Annual report of the Punjab Veterinary College and of the Civil Veterinary Department, Punjab - 1920-1925
Year: 1920
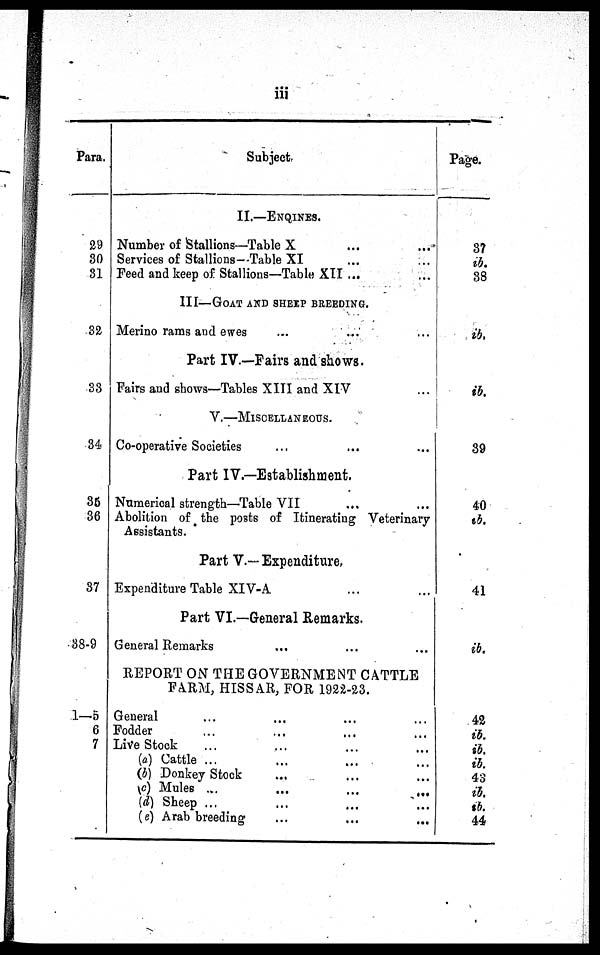
iii
Para.
29
30
31
32
33
34
35
36
37
38-9
1—5
6
7
Subject.
II. —ENQINES.
Number of Stallions—Table X ... ...
Services of Stallions-Table XI ... ...
Feed and keep of Stallions—Table XII ... ...
III—GOAT AND SHEEP BREEDING.
Merino rams and ewes ... ... ...
Part IV.—Fairs and shows.
Fairs and shows—Tabl es XIII and XIV ...
V—MI SCELLANEOUS.
Co-operative Societies ... ... ...
Part IV.—Establishment.
Numerical strength—Table VII ... ... ...
Abolition of the posts of Itinerating Veterinary
Assistants. Part V.- Expenditure.
Expenditure Table XIV-A ... ...
Part VI.—General Remarks.
General Remarks ... ... ...
REPORT ON THE GOVERNMENT CATTLE
FARM, HISSAR, FOR 1922-23.
General ... ... ... ...
Fodder ... ... ... ...
Live Stock ... ... ... ...
(a) Cattle ... ... ... ...
(b) Donkey Stock ... ... ... ...
(c) Mules ... ...
...
...
(d) Sheep ... ... ...
(e) Arab breeding ... ... ...
Page.
37
ib.
38
ib.
ib.
39
40
ib.
41
ib.
42
ib.
ib.
ib.
43
ib.
ib.
44